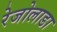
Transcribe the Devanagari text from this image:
रेजोलाडा